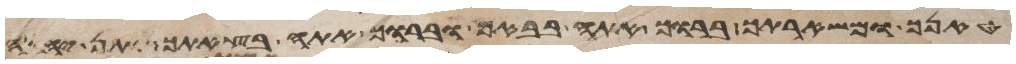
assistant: טנאך ומשארתך ברוך אתה בבאך וברוך אתה בצאתך יתן יהוה